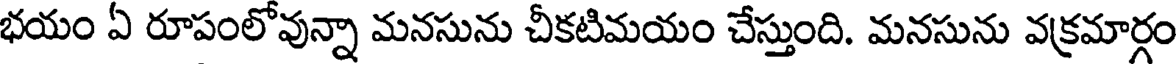
భయం ఏ రూపంలోవున్నా మనసును చీకటిమయం చేస్తుంది. మనసును వక్రమార్గం